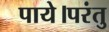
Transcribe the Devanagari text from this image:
पाये।परंतु